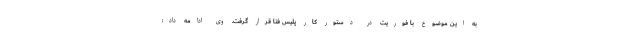
به این موضوع با فوریت در دستور کار پلیس فتا قرار گرفت. وی ادامه داد: